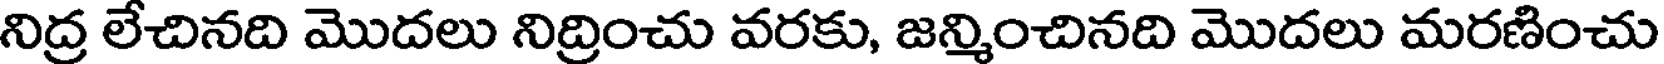
నిద్ర లేచినది మొదలు నిద్రించు వరకు, జన్మించినది మొదలు మరణించు